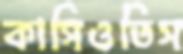
কাসিওতিস